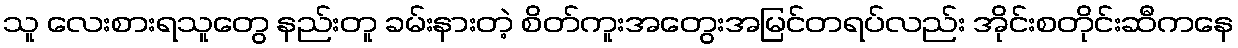
သူ လေးစားရသူတွေ နည်းတူ ခမ်းနားတဲ့ စိတ်ကူးအတွေးအမြင်တရပ်လည်း အိုင်းစတိုင်းဆီကနေ